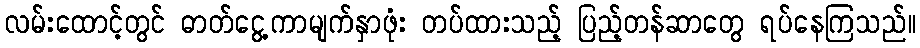
လမ်းထောင့်တွင် ဓာတ်ငွေ့ကာမျက်နှာဖုံး တပ်ထားသည့် ပြည့်တန်ဆာတွေ ရပ်နေကြသည်။